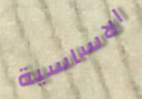
الاساسية